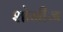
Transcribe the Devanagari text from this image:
शोनीज